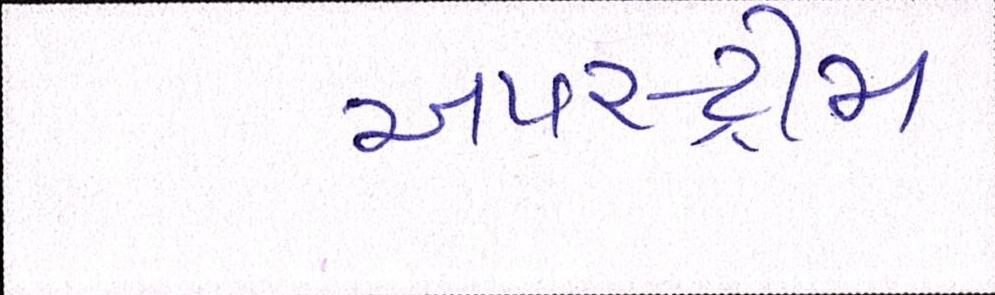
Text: અપસ્ટ્રીમ